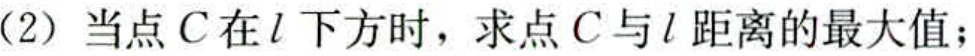
(2) 当点\(C\)在\(l\)下方时，求点\(C\)与\(l\)距离的最大值；